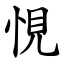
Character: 悓